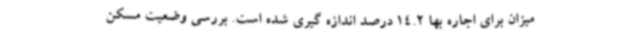
میزان برای اجاره بها 14.2 درصد اندازه گیری شده است. بررسی وضعیت مسکن